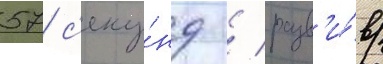
57 с'еку́нд / разв'и́в